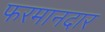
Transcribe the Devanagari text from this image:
फरमानदार